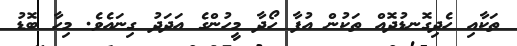
ތަކާއި ހެދިގޮނޑުދޮއް ތަކުން އުފާ ހޯދާ މީހުންގެ އަދަދު ގިނައެވެ. މިހާ ބޮޑު